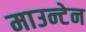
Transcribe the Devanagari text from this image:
माउन्‍टेन